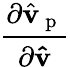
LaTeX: \frac{\partial\hat{\mathbf{v}}_{\mathrm{~p~}}}{\partial\mathbf{\hat{v}}}